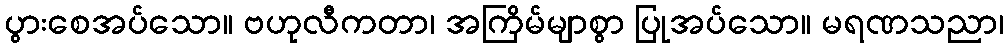
ပွားစေအပ်သော။ ဗဟုလီကတာ၊ အကြိမ်မျာစွာ ပြုအပ်သော။ မရဏသညာ၊